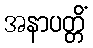
အနာပတ္တိံ